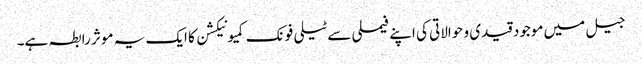
جیل میں موجود قیدی و حوالاتی کی اپنے فیملی سے ٹیلی فونک کمیونیکشن کا ایک یہ موثر رابطہ ہے۔